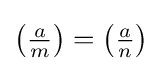
\left({\tfrac {a}{m}}\right)=\left({\tfrac {a}{n}}\right)